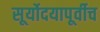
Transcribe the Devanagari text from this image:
सूर्योदयापूर्वीच